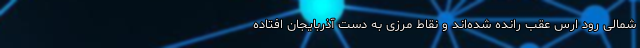
شمالی رود ارس عقب رانده شده‌اند و نقاط مرزی به دست آذربایجان افتاده